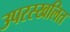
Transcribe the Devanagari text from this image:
उपरस्खलित